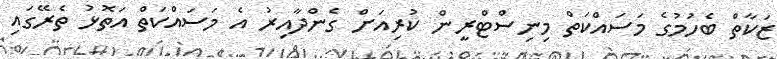
ޒަކާތް ބެހުމުގެ މަސައްކަތް މިނިސްޓްރީން ކުރިއަށް ގެންދާއިރު އެ މަސައްކަތް އަތޮޅު ތެރޭގައި